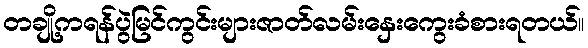
တချို့ကရန်ပွဲမြင်ကွင်းများဇာတ်လမ်းနှေးကွေးခံစားရတယ်။